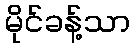
မိုင်ခန့်သာ